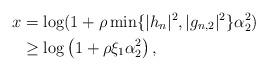
LaTeX: \begin{align*}x&=\log(1+\rho\min \{|h_n|^2,|g_{n,2}|^2\} \alpha_2^2) \\ &\geq \log\left(1+\rho \xi_1\alpha_2^2\right),\end{align*}